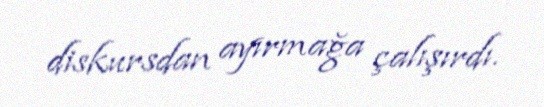
diskursdan ayırmağa çalışırdı.